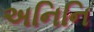
અનિનિ